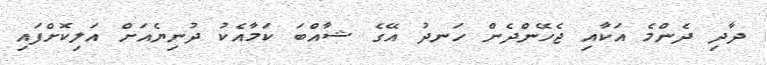
ދާދި ދެންމެ އަކާއި ޖެހޭންދެން ހަނދު އޭގެ ޝާއްބަ ކަމާއެކު ދުނިޔެއަށް އަލިކޮށްފައި